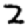
Digit: 2